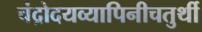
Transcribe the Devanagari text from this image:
चंद्रोदयव्यापिनीचतुर्थी